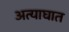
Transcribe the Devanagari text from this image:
अत्याघात